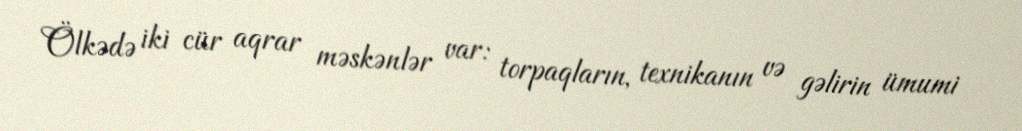
Ölkədə iki cür aqrar məskənlər var: torpaqların, texnikanın və gəlirin ümumi